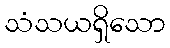
သံသယရှိသော